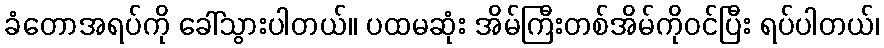
ခံတောအရပ်ကို ခေါ်သွားပါတယ်။ ပထမဆုံး အိမ်ကြီးတစ်အိမ်ကိုဝင်ပြီး ရပ်ပါတယ်၊